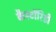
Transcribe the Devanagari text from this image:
कैस्टॉरिडी